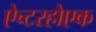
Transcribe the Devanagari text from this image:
ऐच्टरहोएक